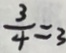
\frac { 3 } { 4 } = 3